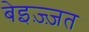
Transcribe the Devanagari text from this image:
बेइज़्ज़त